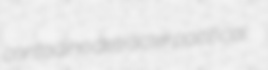
contadino detracter pacifical